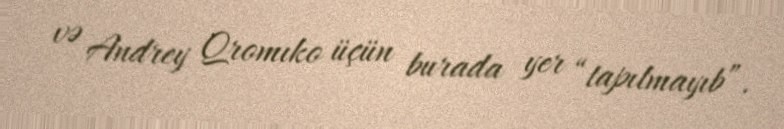
və Andrey Qromıko üçün burada yer “tapılmayıb”.